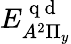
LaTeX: {E}_{A^{2}\Pi_{y}}^{\mathrm{~q~d~}}